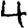
Digit: 4